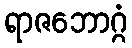
ရာဇဘောဂ္ဂံ